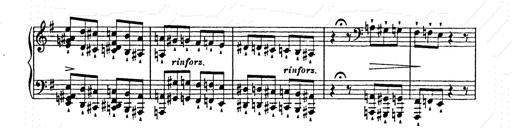
Title: Ab irato
Composer: Franz Liszt